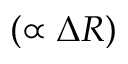
( \propto \Delta R )